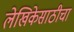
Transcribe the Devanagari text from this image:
लेखिकेसाठीचा